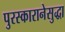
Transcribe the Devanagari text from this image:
पुरस्कारानेसुद्धा